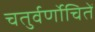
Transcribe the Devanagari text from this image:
चतुर्वर्णोचितें